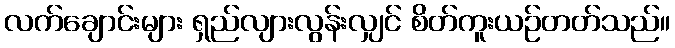
လက်ချောင်းများ ရှည်လျားလွန်းလျှင် စိတ်ကူးယဉ်တတ်သည်။